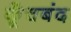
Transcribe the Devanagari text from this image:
कूँचबंद